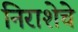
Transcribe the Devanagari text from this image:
निराशेचे